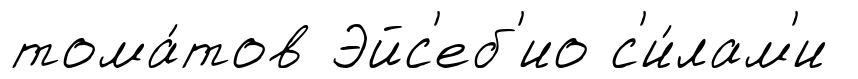
тома́тов Эйс'еб'ио с'и́лам'и